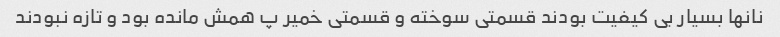
نانها بسیار بی کیفیت بودند قسمتی سوخته و قسمتی خمیر پ همش مانده بود و تازه نبودند